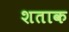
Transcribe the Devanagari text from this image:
शताक